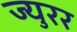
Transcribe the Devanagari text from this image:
ज्युरर